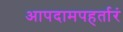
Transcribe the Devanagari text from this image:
आपदामपहर्तारं